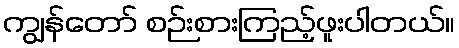
ကျွန်တော် စဉ်းစားကြည့်ဖူးပါတယ်။